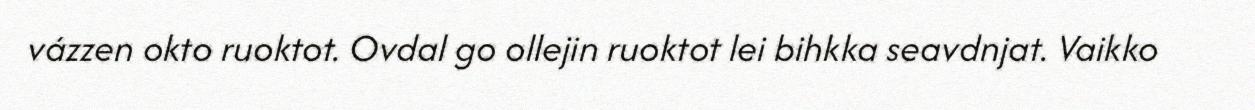
vázzen okto ruoktot. Ovdal go ollejin ruoktot lei bihkka seavdnjat. Vaikko